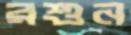
রশুন